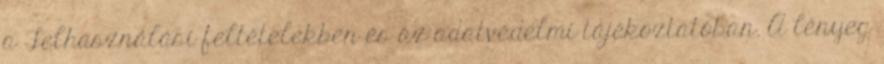
a Felhasználási feltételekben és az adatvédelmi tájékoztatóban. A lényeg